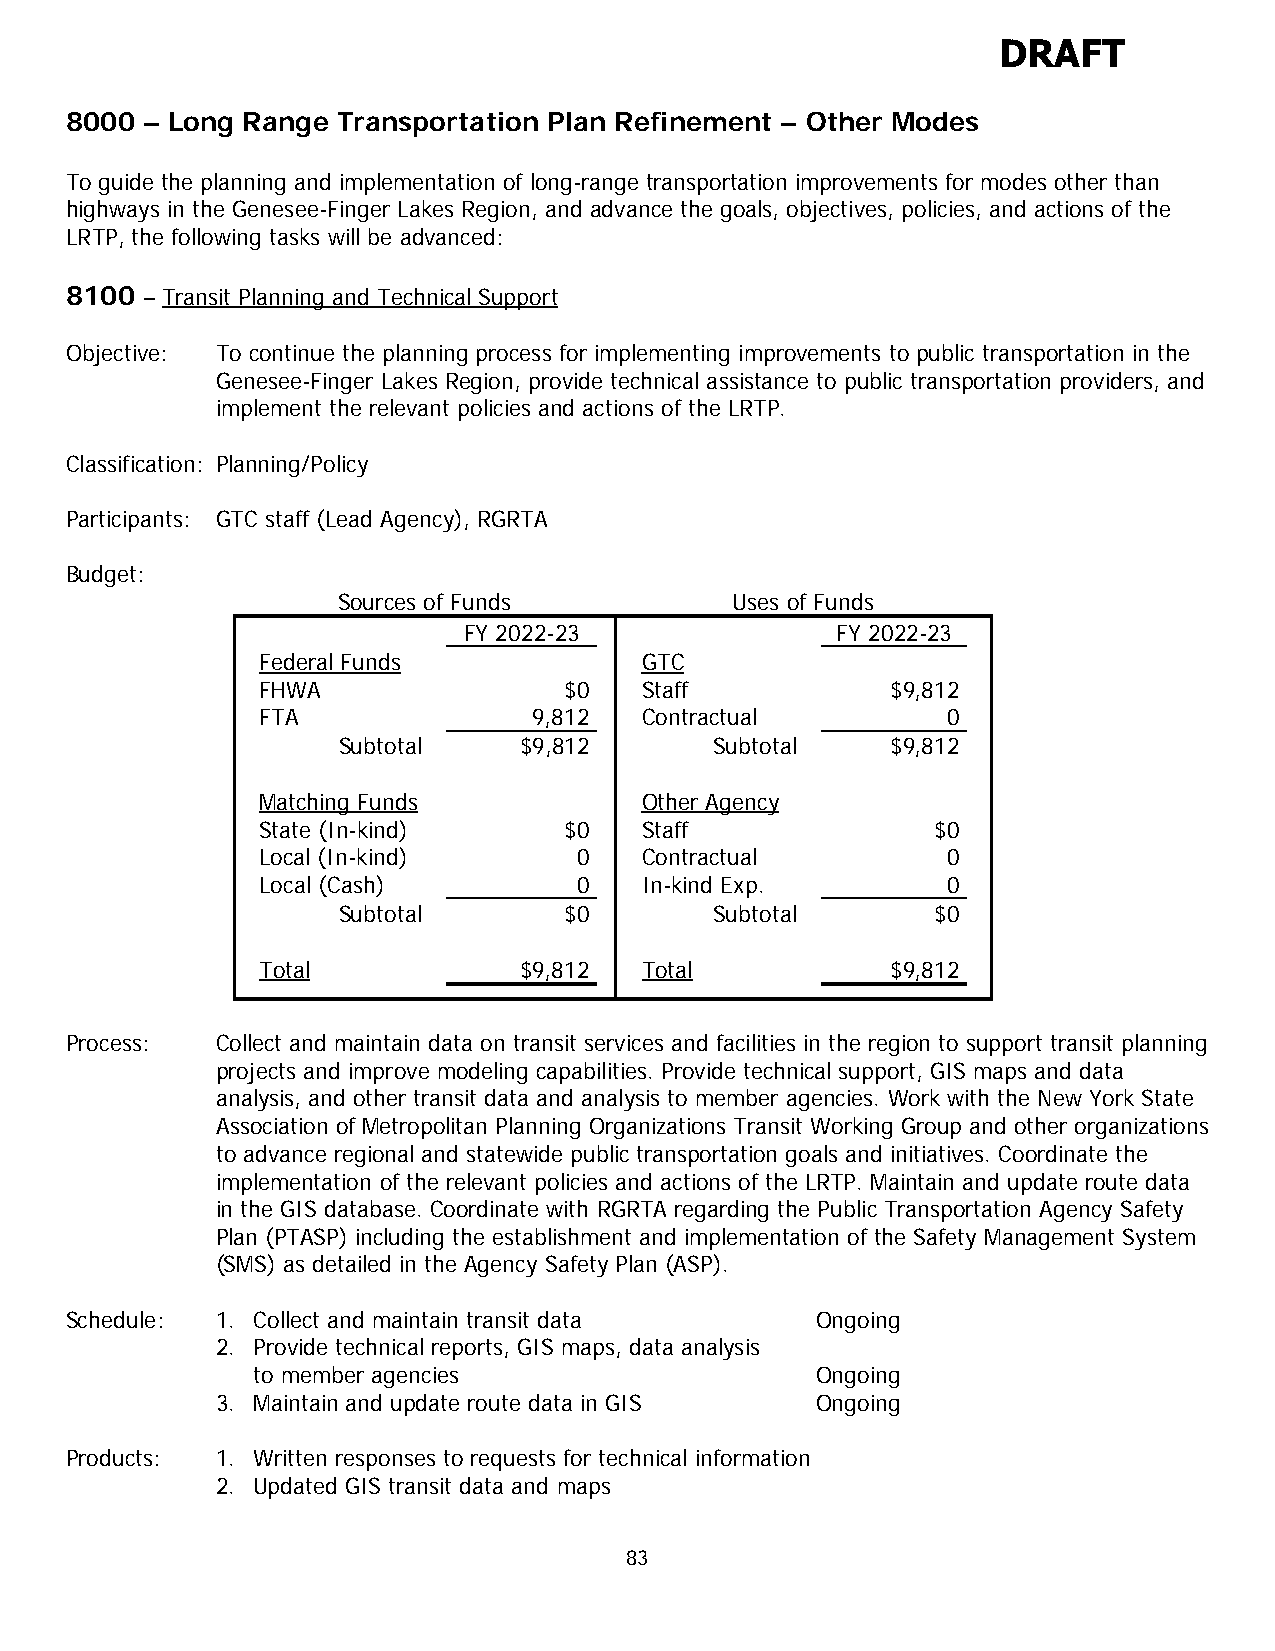
DRAFT
 8000 – Long Range Transportation Plan Refinement – Other Modes
 To guide the planning and implementation of long-range transportation improvements for modes other than
 highways in the Genesee-Finger Lakes Region, and advance the goals, objectives, policies, and actions of the
 LRTP, the following tasks will be advanced:
 8100 – Transit Planning and Technical Support
 Objective: To continue the planning process for implementing improvements to public transportation in the
 Genesee-Finger Lakes Region, provide technical assistance to public transportation providers, and
 implement the relevant policies and actions of the LRTP.
 Classification: Planning/Policy
 Participants: GTC staff (Lead Agency), RGRTA
 Budget:
 Sources of Funds          Uses of Funds
 FY 2022-23              FY 2022-23
 Federal Funds            GTC
 FHWA                $0   Staff            $9,812
 FTA               9,812  Contractual          0
 Subtotal    $9,812       Subtotal    $9,812
 Matching Funds           Other Agency
 State (In-kind)     $0   Staff               $0
 Local (In-kind)      0   Contractual          0
 Local (Cash)         0   In-kind Exp.         0
 Subtotal       $0        Subtotal       $0
 Total            $9,812  Total            $9,812
 Process:  Collect and maintain data on transit services and facilities in the region to support transit planning
 projects and improve modeling capabilities. Provide technical support, GIS maps and data
 analysis, and other transit data and analysis to member agencies. Work with the New York State
 Association of Metropolitan Planning Organizations Transit Working Group and other organizations
 to advance regional and statewide public transportation goals and initiatives. Coordinate the
 implementation of the relevant policies and actions of the LRTP. Maintain and update route data
 in the GIS database. Coordinate with RGRTA regarding the Public Transportation Agency Safety
 Plan (PTASP) including the establishment and implementation of the Safety Management System
 (SMS) as detailed in the Agency Safety Plan (ASP).
 Schedule: 1. Collect and maintain transit data    Ongoing
 2. Provide technical reports, GIS maps, data analysis
 to member agencies                   Ongoing
 3. Maintain and update route data in GIS Ongoing
 Products: 1. Written responses to requests for technical information
 2. Updated GIS transit data and maps
 83